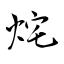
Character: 烢